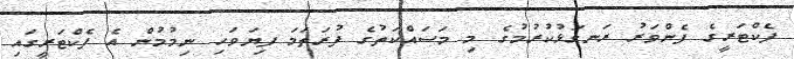
ފެކްޓަރީގެ ފެންވަރު ރަނގަޅުކުރުމުގެ މި މަސައްކަތުގެ ފުރަތަމަ ފިޔަވަހި ނިމުމުން އެ ފެކްޓަރީގައި